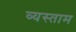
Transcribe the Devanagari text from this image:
व्यस्ताम